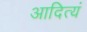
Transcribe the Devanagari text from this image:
आदित्यं